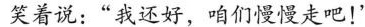
笑着说：”我还好，咱们慢慢走吧！”